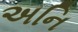
અનિ